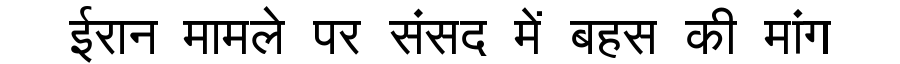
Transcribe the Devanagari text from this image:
ईरान मामले पर संसद में बहस की मांग